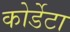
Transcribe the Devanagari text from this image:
कोर्डेटा